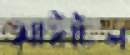
আইটেল